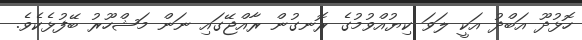
ހޮޅުދޫ އަބްދު އަކީ ލަވަ ކިޔުއްވުމުގެ ރޮނގުން ރާއްޖޭގައި ނަން މަޝްހޫރު ބޭފުޅެކެވެ.